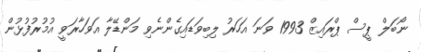
ނޯބަލް ޕީސް ޕްރައިޒް 1993 ވަނަ އަހަރު ލިބިވަޑައިގެންނެވި މަންޑޭލާ އަވަހާރަވީ އުމުރުފުޅުން